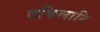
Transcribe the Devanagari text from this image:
वकिलानि